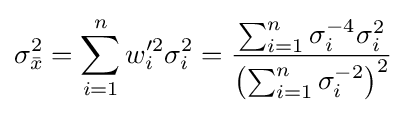
\sigma _{\bar {x}}^{2}=\sum _{i=1}^{n}{w_{i}'^{2}\sigma _{i}^{2}}={\frac {\sum _{i=1}^{n}{\sigma _{i}^{-4}\sigma _{i}^{2}}}{\left(\sum _{i=1}^{n}\sigma _{i}^{-2}\right)^{2}}}